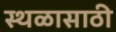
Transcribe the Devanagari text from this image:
स्थळासाठी